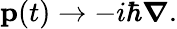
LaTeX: \mathbf{p}(t)\to-i\hbar{\boldsymbol{\nabla}}.